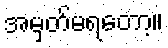
အမှတ်မရတော့။